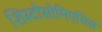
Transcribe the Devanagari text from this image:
शिस्टोसोमिएसिस